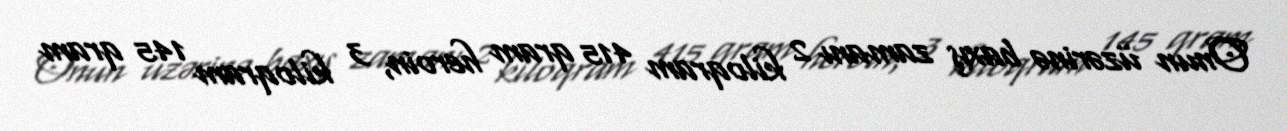
Onun üzərinə baxış zamanı 2 kiloqram 415 qram heroin, 3 kiloqram 145 qram